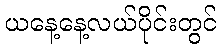
ယနေ့နေ့လယ်ပိုင်းတွင်